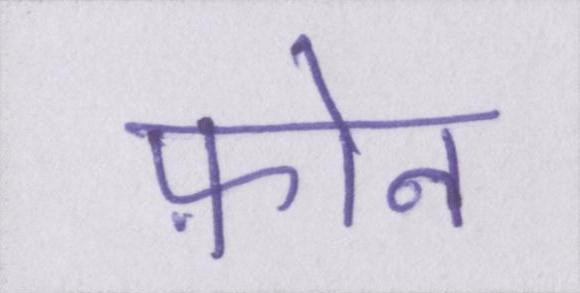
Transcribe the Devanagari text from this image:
फ़ोन